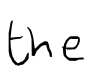
Text: the
Cross-out: clean
Writing tool: digital_black